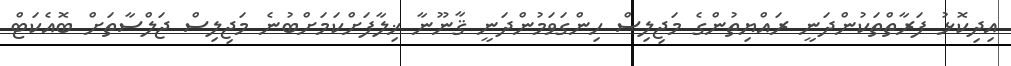
އިދިކޮޅު ފަރާތްތަކުންދަނީ ރައްޔިތުންގެ މަޖިލިސް ހިންގަވަމުންދަނީ ޤާނޫނާ ޚިލާފަށްކަމަށްބުނެ މަޖިލިސް ޖަލްސާތަށް ބޮއެކަޓް